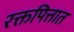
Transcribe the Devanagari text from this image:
रक्तपित्तात